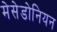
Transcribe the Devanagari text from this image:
मेसेडोनियन